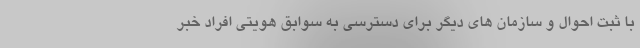
با ثبت احوال و سازمان های دیگر برای دسترسی به سوابق هویتی افراد خبر